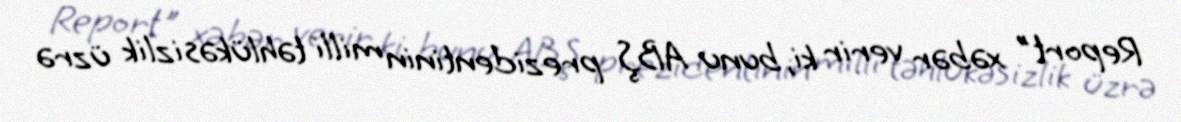
Report" xəbər verir ki, bunu ABŞ prezidentinin milli təhlükəsizlik üzrə